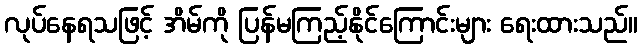
လုပ်နေရသဖြင့် အိမ်ကို ပြန်မကြည့်နိုင်ကြောင်းများ ရေးထားသည်။